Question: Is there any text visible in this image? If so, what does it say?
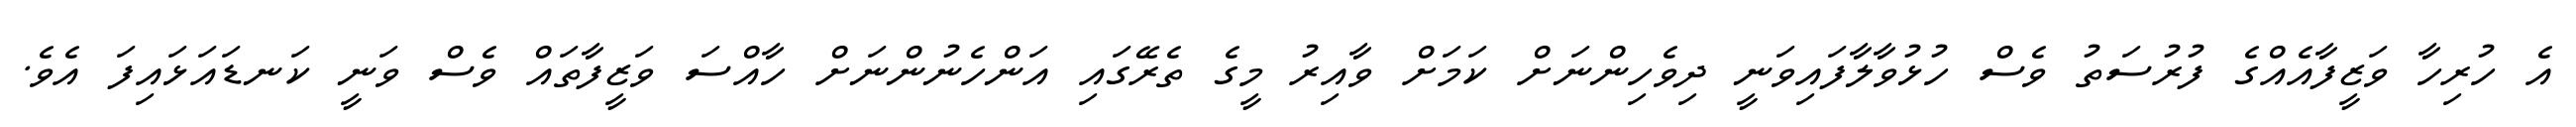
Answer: އެ ހުރިހާ ވަޒީފާއެއްގެ ފުރުސަތު ވެސް ހުޅުވާލާފައިވަނީ ދިވެހިންނަށް ކަމަށް ވާއިރު މީގެ ތެރޭގައި އަންހެނުންނަށް ހާއްސަ ވަޒީފާތައް ވެސް ވަނީ ކަނޑައަޅައިފަ އެވެ.